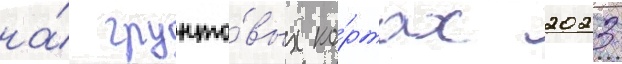
на́ грунто́вых ко́ртах 2023